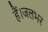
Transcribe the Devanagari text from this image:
हैं।जलभर